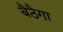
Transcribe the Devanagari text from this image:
बैठैगा